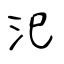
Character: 汜